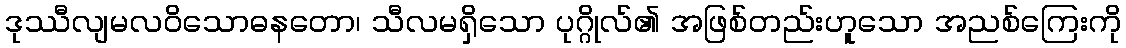
ဒုဿီလျမလဝိသောဓနတော၊ သီလမရှိသော ပုဂ္ဂိုလ်၏ အဖြစ်တည်းဟူသော အညစ်ကြေးကို